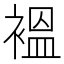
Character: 褞